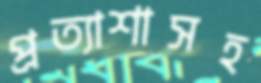
প্রত্যাশাসহ